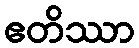
ဧတိဿာ